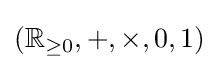
(\mathbb {R} _{\geq 0},+,\times ,0,1)